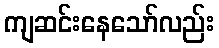
ကျဆင်းနေသော်လည်း